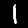
Label: 1